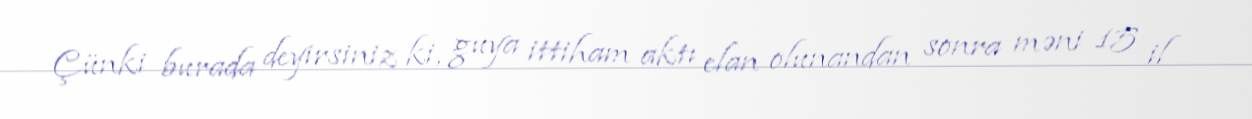
Çünki burada deyirsiniz ki, guya ittiham aktı elan olunandan sonra məni 15 il